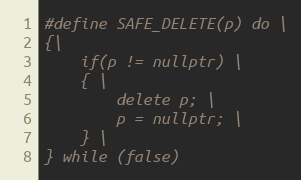
Language: C
#define SAFE_DELETE(p) do \
{\
    if(p != nullptr) \
    { \
        delete p; \
        p = nullptr; \
    } \
} while (false)